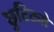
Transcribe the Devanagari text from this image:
छुटिट्यो